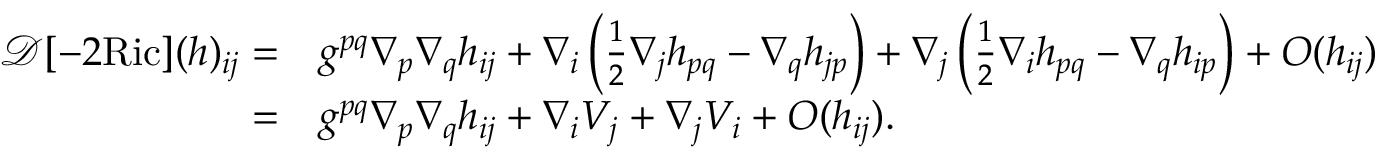
\begin{array} { r l } { \mathcal { D } [ - 2 \mathrm { R i c } ] ( h ) _ { i j } = } & { g ^ { p q } \nabla _ { p } \nabla _ { q } h _ { i j } + \nabla _ { i } \left( \frac { 1 } { 2 } \nabla _ { j } h _ { p q } - \nabla _ { q } h _ { j p } \right) + \nabla _ { j } \left( \frac { 1 } { 2 } \nabla _ { i } h _ { p q } - \nabla _ { q } h _ { i p } \right) + O ( h _ { i j } ) } \\ { = } & { g ^ { p q } \nabla _ { p } \nabla _ { q } h _ { i j } + \nabla _ { i } V _ { j } + \nabla _ { j } V _ { i } + O ( h _ { i j } ) . } \end{array}